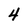
Character: 4